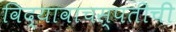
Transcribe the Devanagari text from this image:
विद्यावाचस्पतीची